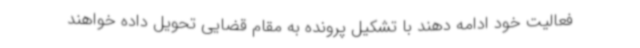
فعالیت خود ادامه دهند با تشکیل پرونده به مقام قضایی تحویل داده خواهند